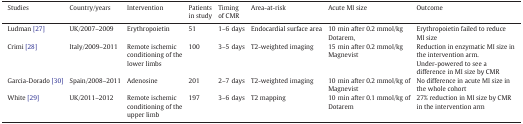
| Studies | Country/years | Intervention | Patients in study | Timing of CMR | Area-at-risk | Acute MI size | Outcome |
 | --- | --- | --- | --- | --- | --- | --- | --- |
 | Ludman [27] | UK/2007–2009 | Erythropoietin | 51 | 1–6 days | Endocardial surface area | 10 min after 0.2 mmol/kg Dotarem, | Erythropoietin failed to reduce MI size |
 | Crimi [28] | Italy/2009–2011 | Remote ischemic conditioning of the lower limbs | 100 | 3–5 days | T2-weighted imaging | 15 min after 0.2 mmol/kg Magnevist | Reduction in enzymatic MI size in the intervention arm. Under-powered to see a difference in MI size by CMR |
 | Garcia-Dorado [30] | Spain/2008–2011 | Adenosine | 201 | 2–7 days | T2-weighted imaging | 10 min after 0.2 mmol/kg of Magnevist | No difference in acute MI size in the whole cohort |
 | White [29] | UK/2011–2012 | Remote ischemic conditioning of the upper limb | 197 | 3–6 days | T2 mapping | 10 min after 0.1 mmol/kg of Dotarem | 27% reduction in MI size by CMR in the intervention arm |